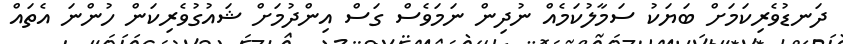
ދަނޑުވެރިކަމަށް ބަޔަކު ސަމާލުކަމެއް ނުދިން ނަމަވެސް ގަސް އިންދުމަށް ޝައުގުވެރިކަން ހުންނަ އެތައް